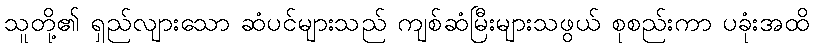
သူတို့၏ ရှည်လျားသော ဆံပင်များသည် ကျစ်ဆံမြီးများသဖွယ် စုစည်းကာ ပခုံးအထိ